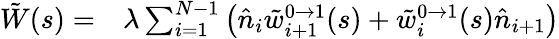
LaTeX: \begin{array}{rl}{\tilde{W}(s)=}&{{}\lambda\sum_{i=1}^{N-1}\left(\hat{n}_{i}\tilde{w}_{i+1}^{0\to 1}(s)+\tilde{w}_{i}^{0\to 1}(s)\hat{n}_{i+1}\right)}\end{array}